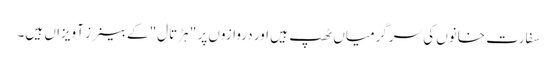
سفارت خانوں کی سرگرمیاں ٹھپ ہیں اور دروازوں پر " ہڑتال" کے بینرز آویزاں ہیں۔